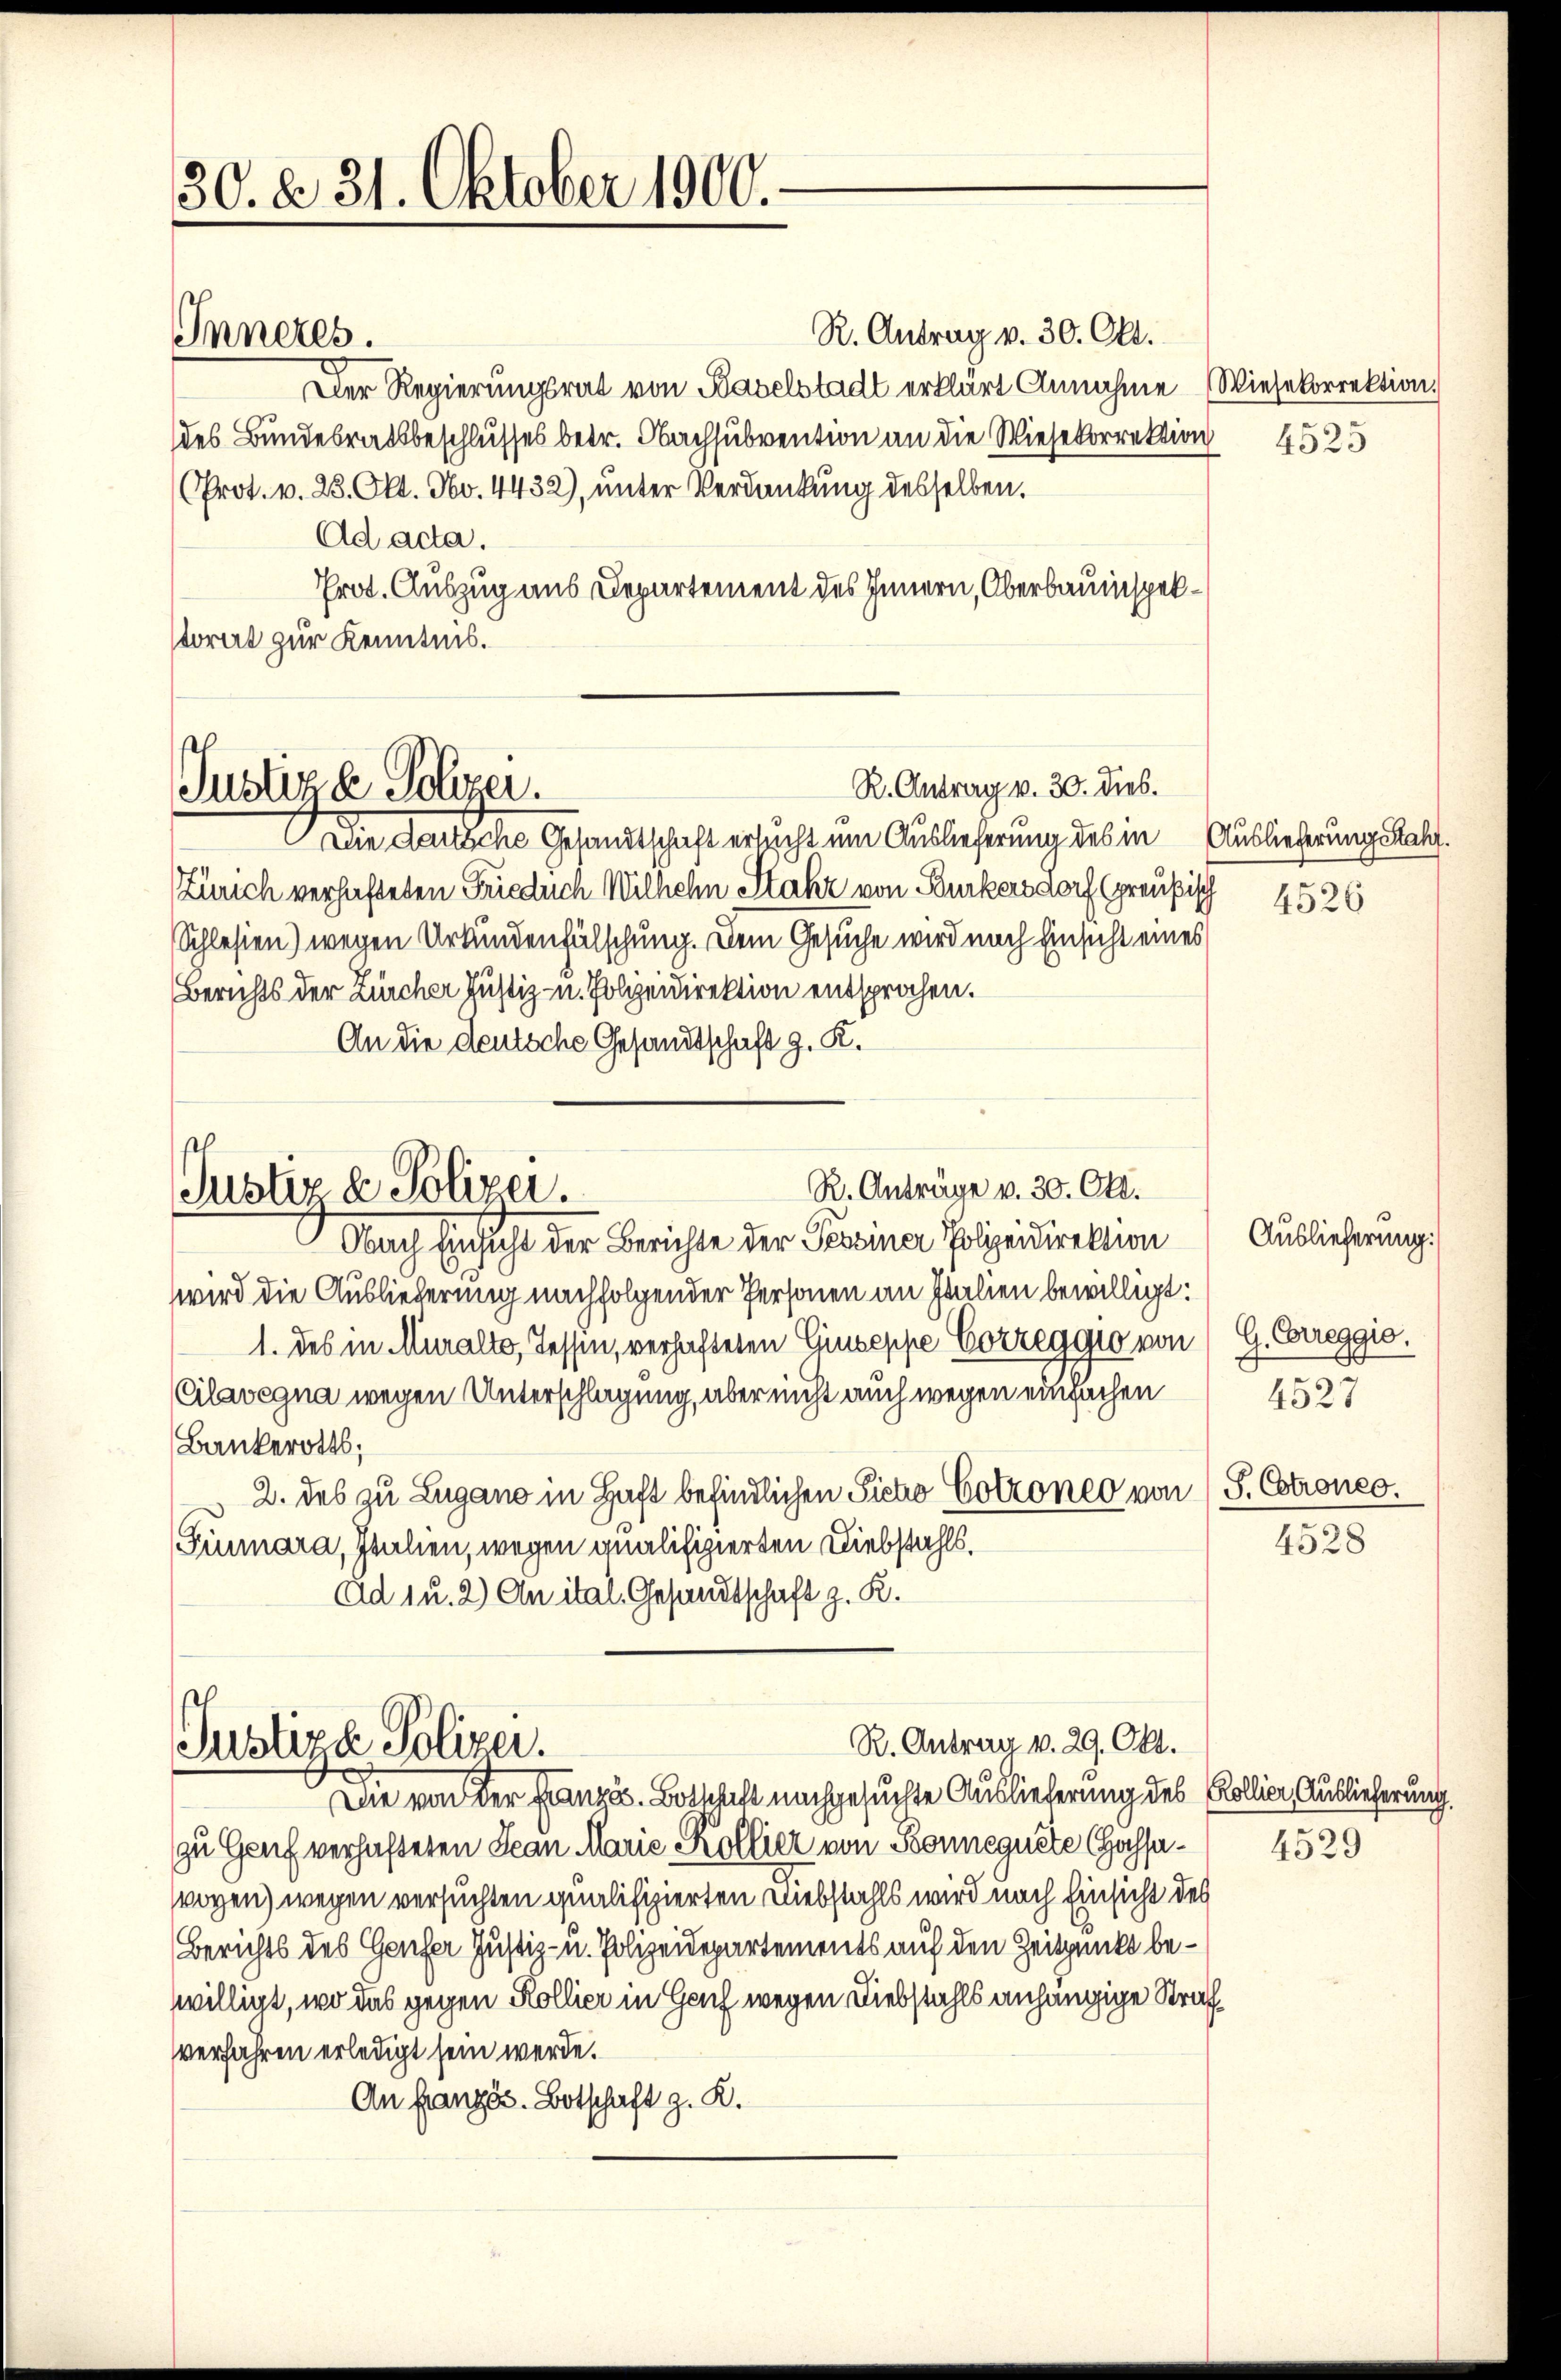
30. d. 31. Oktober 1900.

Inneres.

R. Antrag v. 30. Okt.
Der Regierungsrat von Baselstadt erklärt Annahme Wiesekorrektion.
des Bundesratsbeschlusses betr. Nachsubvention an die Wiesekorrektion
(Prot. v. 23. Okt. No. 4432), unter Verdankung desselben.
Ad acta.
Prot. Auszug aus Departement des Innern, Oberbauinspekstorirt zur Kenntnis.

R. Antrag v. 30. dies.
Justizd Polizer.

R. Anträge v. 30. Okt.
Justiz & Polizei.
Nach Einsicht der Berichte der Pessiner Polizeidirektion

Die dartsche Gesandtschaft ersucht um Auslieferung des in Auslieferung Satz.
Zürich verhafteten Frieduch Wilhehn Stakt von Burkersdorf (preußisch
Schlesien) wegen Urkundenfälschung. Dem Gesuche wird nach Einsicht eines
Berichts der Zürcher Justiz- u. Polizeidirektion entsprochen.
An die deutsche Gesandtschaft z. K.
wird die Ausliederung nachfolgender Personen an Italien bewilligt:
1. des in Muralto, Tessen, verhafteten Giuseppe Correggio von G. Erreggio.
Cilavegna wegen Unterschlagung, aber nicht auch wegen einfachen
Bankerotts;
2. des zu Lugano in Haft befindlichen Siechio Cotzoneo von (S. Estrones.
Frunara, Italien, wegen qualifizierten Diebstahls.
Ad 1 u. 2) An ital. Gesandtschaft z. R.

R. Antrag v. 29. Okt.
Justiza Polizei.
Die von der Französ. Botschaft nachgesuchte Auslieferung des Kollier Auslieferung

zu Genf verhafteten Jean Marie Kollier von Bonneguete Cassawogen) wegen versuchten qualifizierten Diebstahls wird nach Einsicht des
Berichts des Genfer Justiz- u. Polizeidepartements auf den Zeitpunkt bewilligt, wo das gegen Kollier in Genf wegen Diebstahls anhängige Strafverfahren erledigt sein werde.
An französ. Botschaft z. K.

4525

4526

Auslieferung.
4527
4528

4529